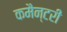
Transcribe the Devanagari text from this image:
कमैन्टरी